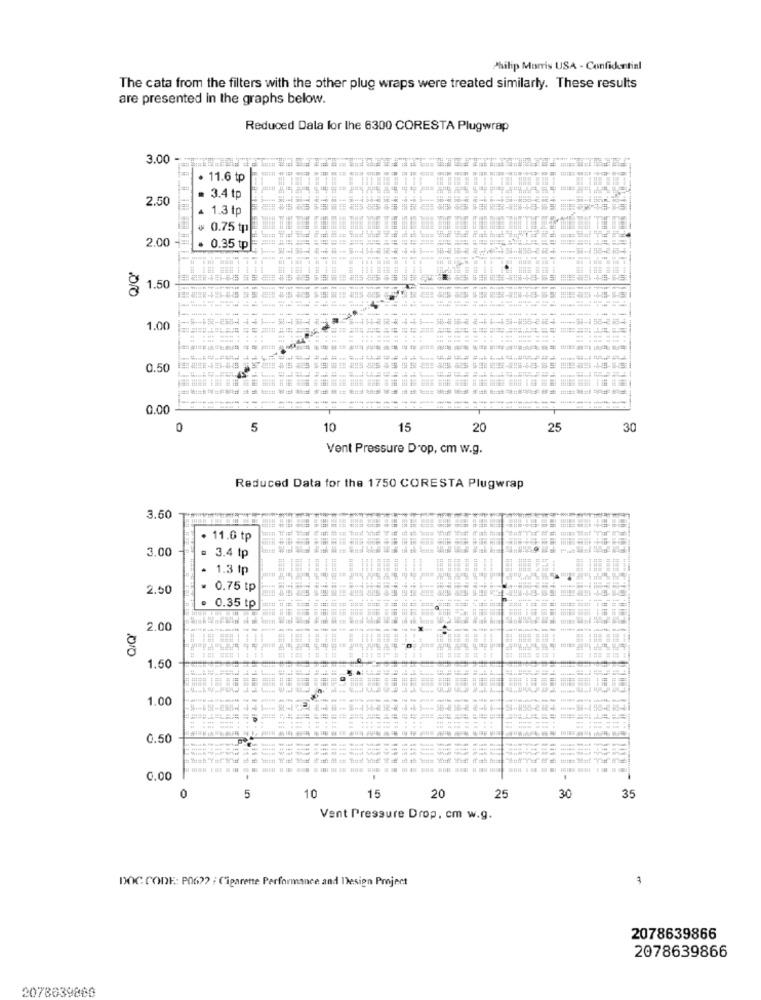
Philip Morris USA - Confidential
The cata from the filters with the other plug wraps were treated similarly. These results
are presented in the graphs below.
Reduced Dala for lhe 6300 CORESTA Plugwrap
3.00
· 11.6 tp
2.50
3.4 tp
1.3 tp
₩ 0.75 tp
2.00
0.35 tp
1.50
1.00
0.50
0.00
0
5
10
15
20
25
30
Vent Pressure Drop, cm w.g.
Reduced Data for the 1750 CORESTA Plugwrap
3.50
11.0 tp
3.00
= 3.4 tp
1.3 tp
2.50
0.75 tp
0.35 tp
2.00
100
1.50
1.00
0.50
---
--
===
====
0.00
0
10
30
5
15
20
25
35
Vent Pressure Drop. cm w.g.
DOC CODE: P06 ?? : Cigarette Performance and Design Project
3
2078639866
2078639866
2078639868